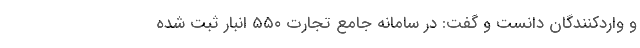
و واردکنندگان دانست و گفت: در سامانه جامع تجارت ۵۵۰ انبار ثبت شده